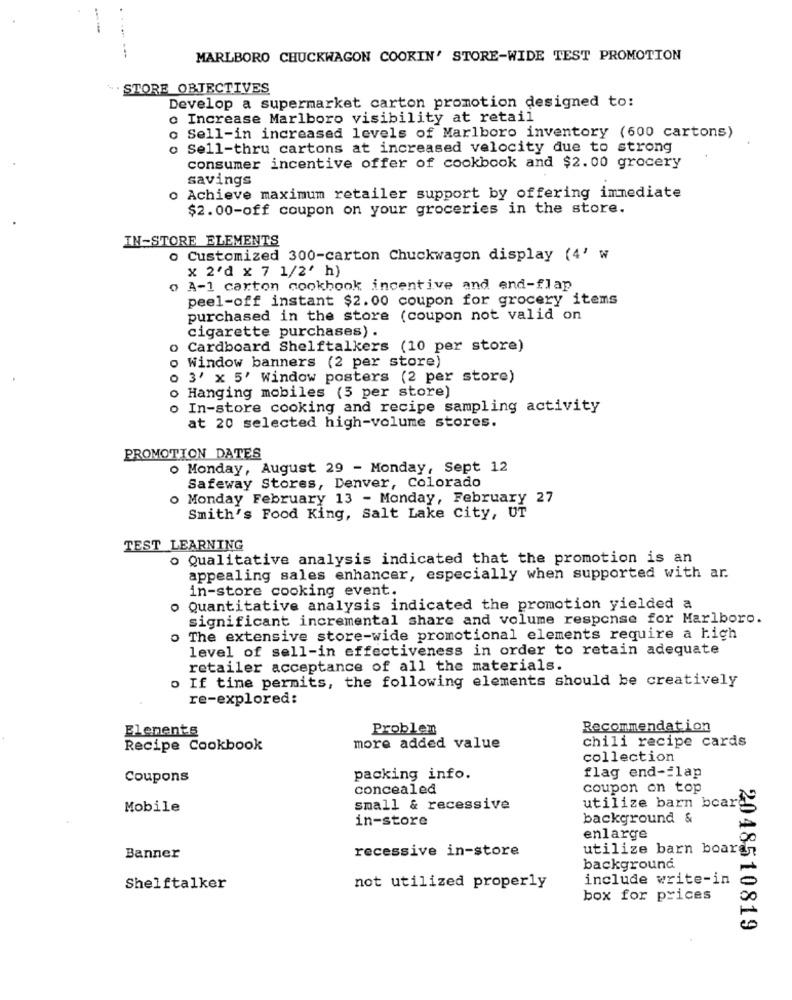
---- --
MARLBORO CHUCKWAGON COOKIN' STORE-WIDE TEST PROMOTION
STORE OBJECTIVES
Develop a supermarket carton promotion designed to:
o Increase Marlboro visibility at retail
Sell-in increased levels of Marlboro inventory (600 cartons)
o Sell-thru cartons at increased velocity due to strong
consumer incentive offer of cookbook and $2.00 grocery
savings
o Achieve maximum retailer support by offering immediate
$2.00-off coupon on your groceries in the store.
IN-STORE ELEMENTS
o Customized 300-carton Chuckwagon display (4' w
x 2'd x 7 1/2' h)
o A-1 carton cookbook incentive and end-flap
peel-off instant $2.00 coupon for grocery items
purchased in the store (coupon not valid on
cigarette purchases) .
o Cardboard Shelftalkers (10 per store)
o Window banners (2 per store)
o 3' x 5' Window posters (2 per store)
o Hanging mobiles (5 per store)
o In-store cooking and recipe sampling activity
at 20 selected high-volume stores.
PROMOTION DATES
o Monday, August 29 - Monday, Sept 12
Safeway Stores, Denver, Colorado
o Monday February 13 - Monday, February 27
Smith's Food King, Salt Lake city, UT
TEST LEARNING
o Qualitative analysis indicated that the promotion is an
appealing sales enhancer, especially when supported with ar.
in-store cooking event.
o Quantitative analysis indicated the promotion yielded a
significant incremental share and volume response for Marlboro.
o The extensive store-wide promotional elements require a high
level of sell-in effectiveness in order to retain adequate
retailer acceptance of all the materials.
o If tine permits, the following elements should be creatively
re-explored:
Elements
Problem
Recommendation
chili recipe cards
Recipe Cookbook
more added value
collection
flag end -¿ lap
Coupons
packing info.
concealed
coupon on top
utilize barn board
Mobile
small & recessive
in-store
background &
enlarge
recessive in-store
utilize barn board
Banner
background
include write-in
Shelftalker
not utilized properly
box for prices
2048510819